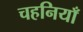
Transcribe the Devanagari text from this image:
चहनियाँ